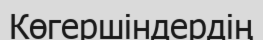
Көгершіндердің